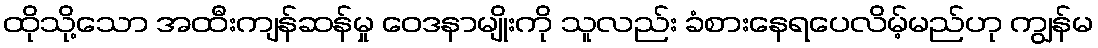
ထိုသို့သော အထီးကျန်ဆန်မှု ဝေဒနာမျိုးကို သူလည်း ခံစားနေရပေလိမ့်မည်ဟု ကျွန်မ